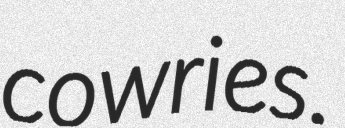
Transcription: cowries.